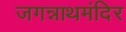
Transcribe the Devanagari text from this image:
जगन्नाथमंदिर